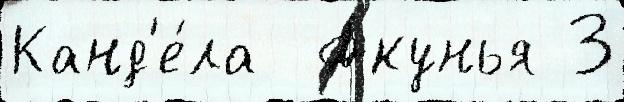
Канд'е́ла  Акунья 3